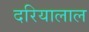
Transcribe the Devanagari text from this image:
दरियालाल